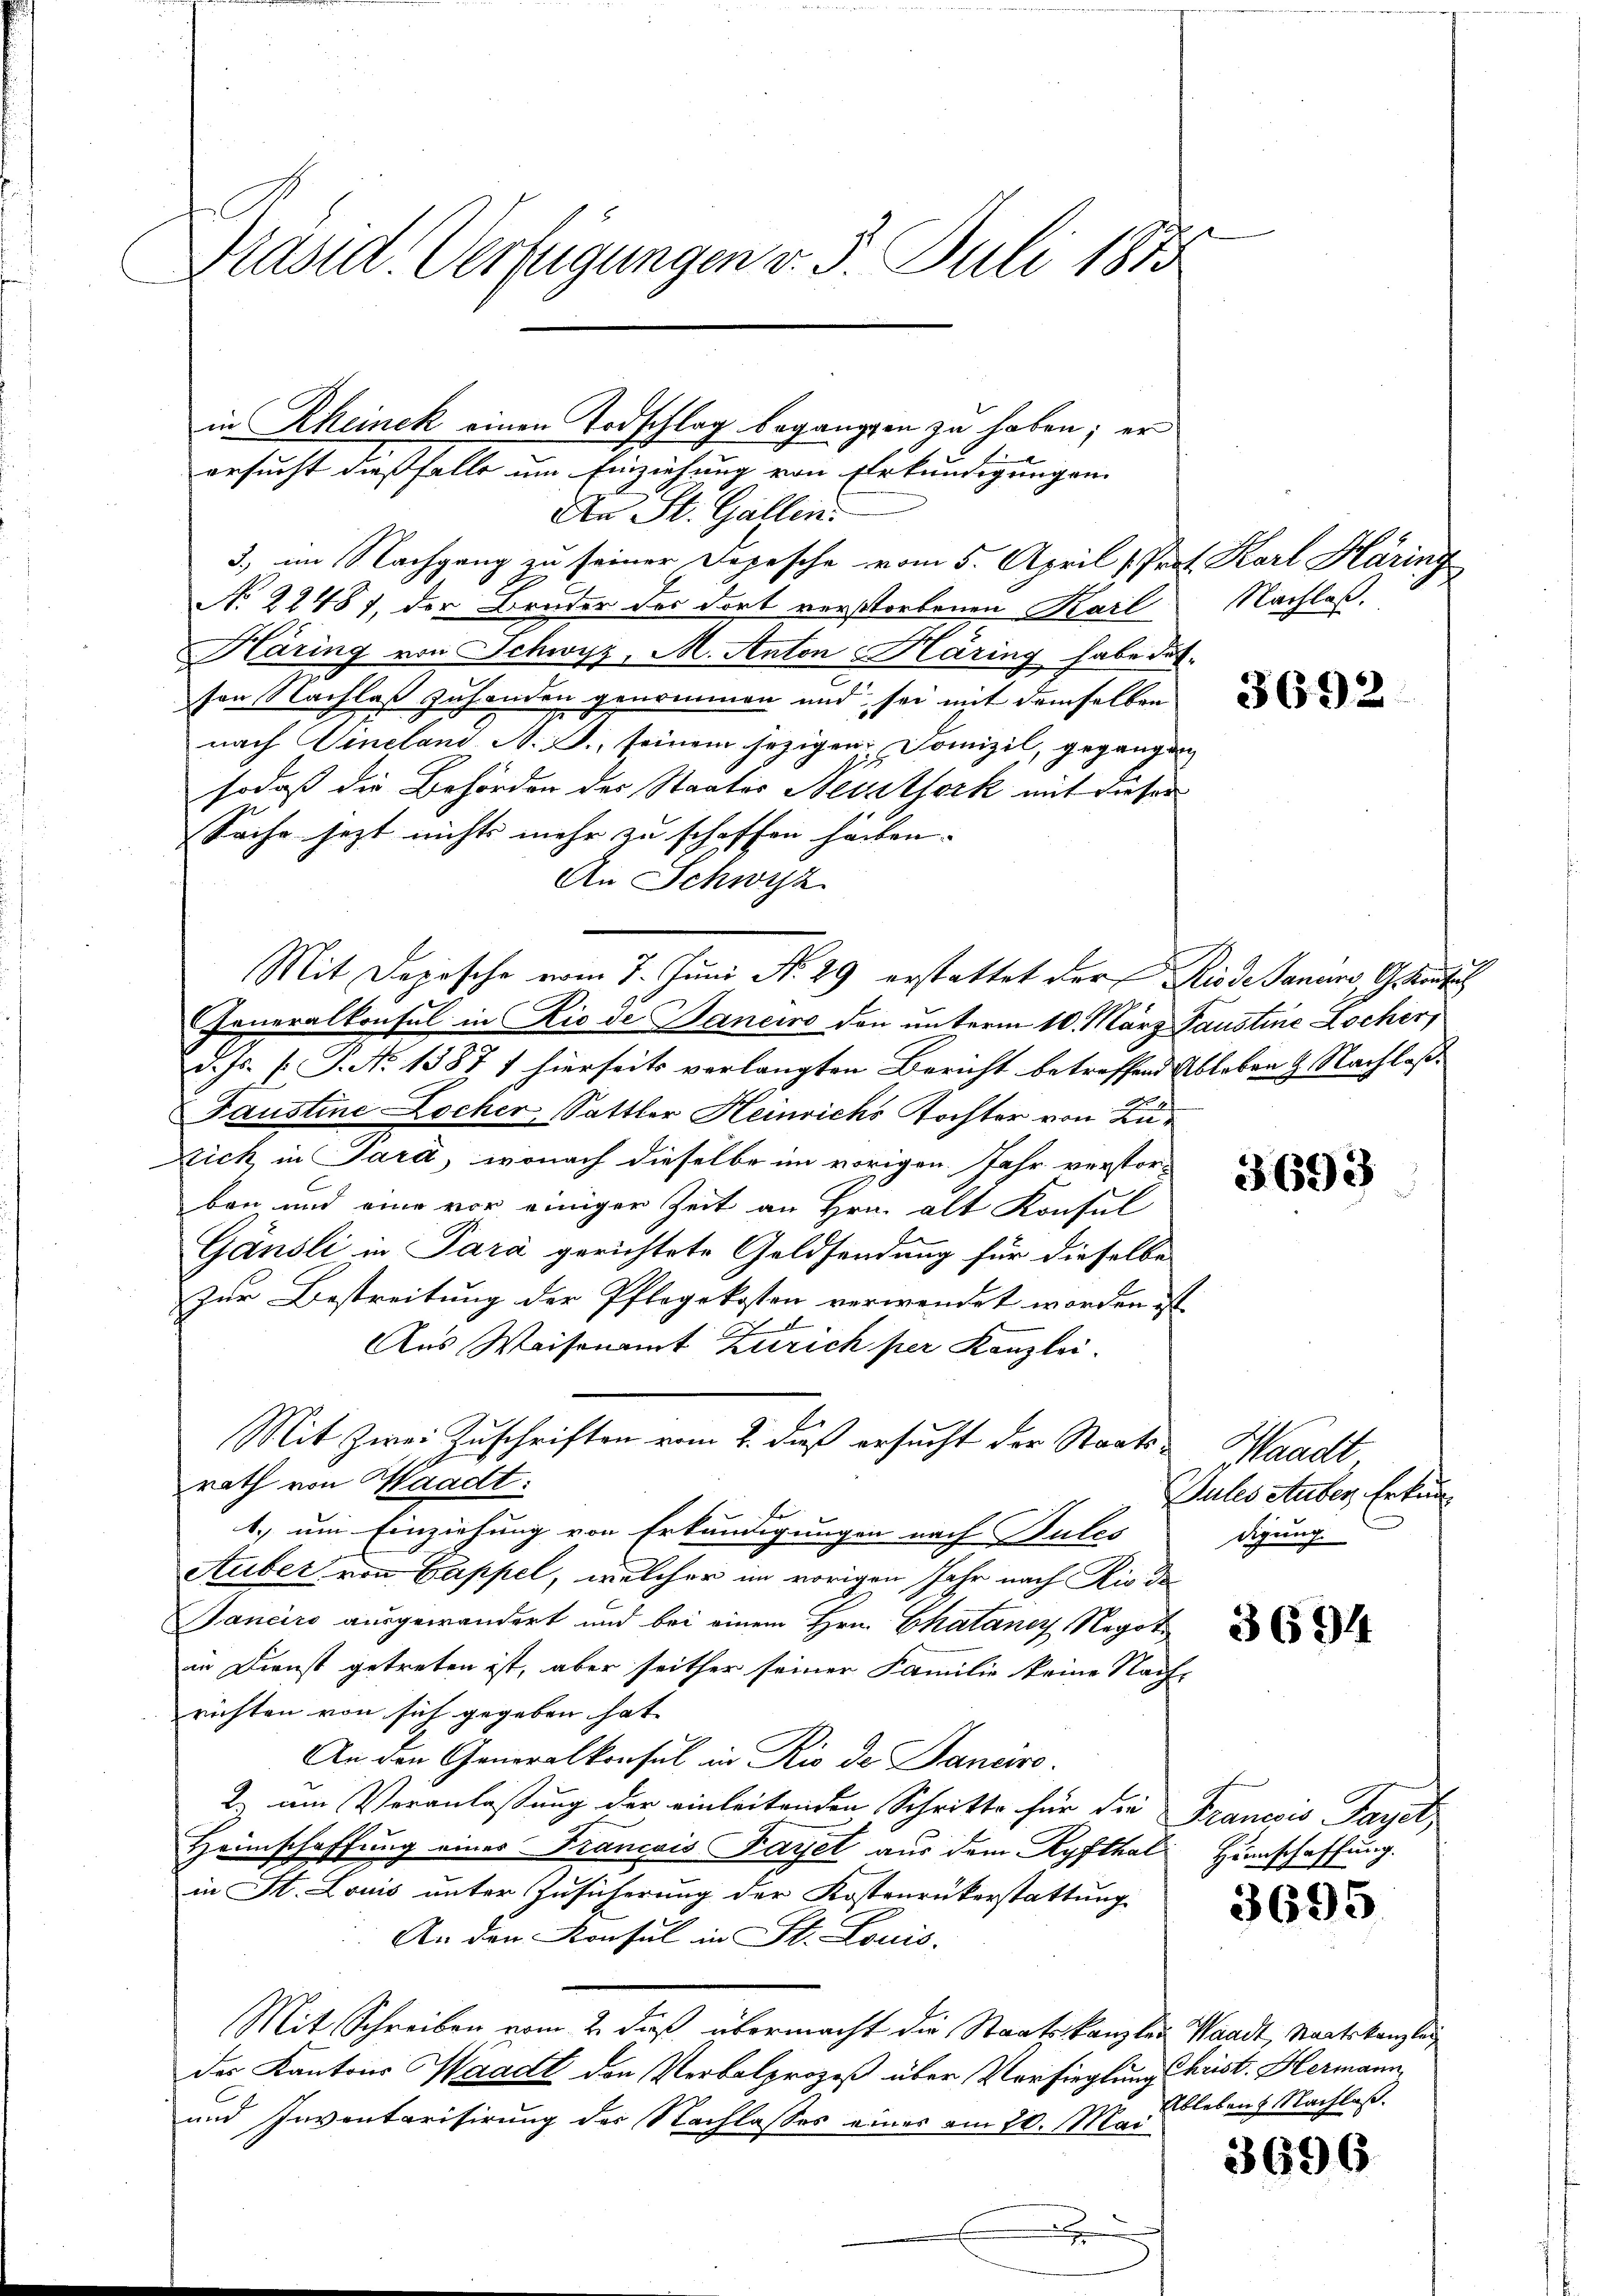
Präsid. Verfügungen v. 5. Juli 1858

An St. Gallen.
3., im Nachgang zu seiner Depesche vom 5. April " Prof. Karl Häring
.
No 22487, der Bruder des dort verstorbenen Karl
Häring von Schwyz, M. Anton Häring habe dassen Nachlaß zuhanden genommen und sei mit demselben
nach Sineland A. S., seinem jezigen Domizil, gegangen
sodaß die Behörden des Staates Neusthork mit dieser
Sache jezt nichts mehr zu schaffen haben.
An Schwyz
Generalkonsul in Rio de Janeiro den unterm 10. März Paustine Locher,
d. Js. (T. No 1387 1 hierseits verlangten Bericht betreffend Ableben & Nachlaß¬
Faustine Locher, Sattler Heinrichs Tochter von Lu¬
Stich in Sara, wonach dieselbe im vorigen Jahr verstorbon und eine vor einiger Zeit an Hrn. alt Konsul
Gänsli in Sara gerichtete Geldsendung für dieselbe
Zur Bestreitung der Pflegekosten verwendet worden ist.
Aus Waisenamt Zürich per Kanzlei.
Mit Zwei Zuschriften vom 2. daß ersucht der Staatsrath von Waadt:
s
1.) um Einziehung von Erkundigungen nach Bules digung
Auber von Cappel, welcher im vorigen Jahr nach Rio de
Banciro ausgewandert und bei einem Hrn. Chataner Regot.
in Dienst getreten ist, aber seither seiner Familie keine Nach-
richten von sich gegeben hat. |
An den Generalkonsul in Rio de Janeiro
2 am Veranlaßung der einleitenden Schritte für die Franesis Taget,
Heimschaffung eines Francois Fayet aus dem Kyfthal Humschaffung.
in St. Louis unter Zusicherung der Kostenrükerstattung
An den Konsul in St. Louis-
Mit Schreiben vom 2. daß übermacht die Staatskanzlei Waadt, Staatskanzlei
der Kantons Waadt den Verbalprozeß über Vorsieglung schrist. Hermann
und Inventarisirung des Nachlasses einer am 20. Mai
x

in Rheinek einen Todschlag begangen zu haben; er
ersucht dießfalle um Einziehung von Erkundigungen.

Mit Depesche vom 7. Juni N. 29 erstattet der Kinde Janeiro, Grundbuch

Nachlaß.

3692

3693

Waadt
Jules Stuber, Erkun¬

3694

3695

Ableben Nachlaß.

3696